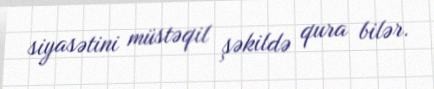
siyasətini müstəqil şəkildə qura bilər.